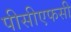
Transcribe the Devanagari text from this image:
पीसीएफसी